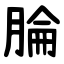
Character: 腀